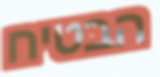
הבטיח